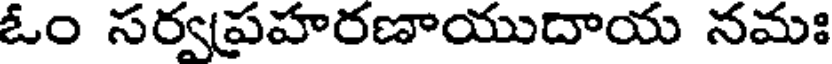
ఓం సర్వప్రహరణాయుదాయ నమః